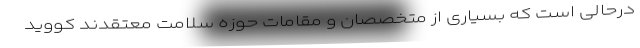
درحالی است که بسیاری از متخصصان و مقامات حوزه سلامت معتقدند کووید